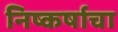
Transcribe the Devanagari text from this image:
निष्कर्षाचा